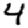
Digit: 4